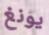
يونغ